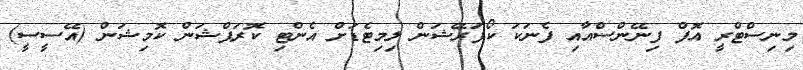
މިނިސްޓްރީ އޮފް ފިނޭންސްއާއި ފެނަކަ ކޯޕަރޭޝަން ލިމިޓެޑަށް އެންޓި ކޮރަޕްޝަން ކޮމިޝަން (އޭސީސީ)